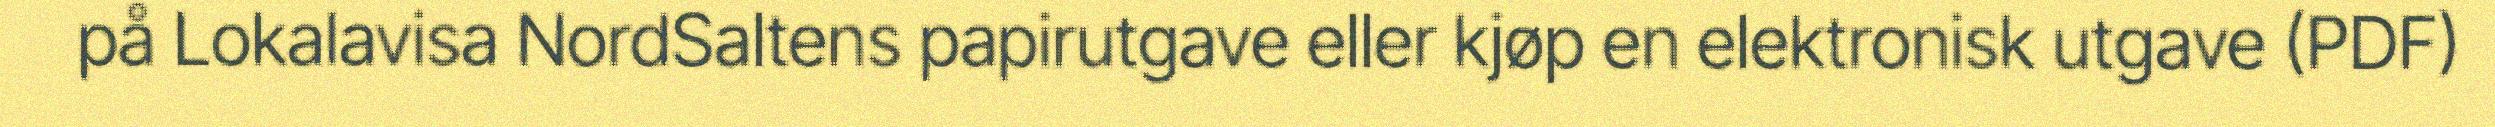
på Lokalavisa NordSaltens papirutgave eller kjøp en elektronisk utgave (PDF)